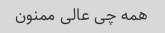
همه چى عالى ممنون